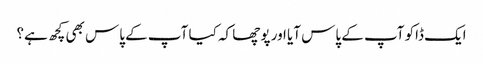
ایک ڈاکو آپ کے پاس آیا اور پوچھا کہ کیا آپ کے پاس بھی کچھ ہے؟